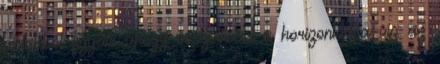
ablakból figyelte ahogy összeolvad a horizonton a víz az